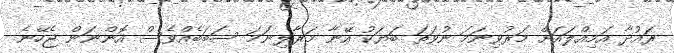
ރައުދާ އަމިއްލައަށް މަރުވިނަމަ ނުވަތަ ބަޔަކު އޭނާ މަރާލިނަމަ ސަބަބެއްވެސް އޮންނަން ޖެހޭނެ